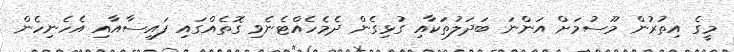
މީގެ އިތުރުން މޫސުމަށް އަންނަ ބަދަލުތަކާއި ގުޅިގެން ދެމެހެއްޓެނެވި ގޮތެއްގައި ފައިސާއާއި އެހެނިހެން